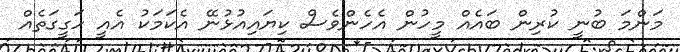
މަންމަ ބުނީ ކުރިން ބައެއް މީހުން އެހެންވެސް ކިޔައިއުޅުނޭ އެކަމަކު އެއީ ހަގީގަތެއް